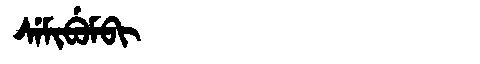
Manchu: ᠰᡝᠮᡳᠪᡠᠮᠪᡳ
Romanization: SEMIBUMBI